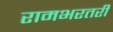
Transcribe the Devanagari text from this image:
रामभरतरी